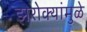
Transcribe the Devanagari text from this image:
झरोक्यांमुळे